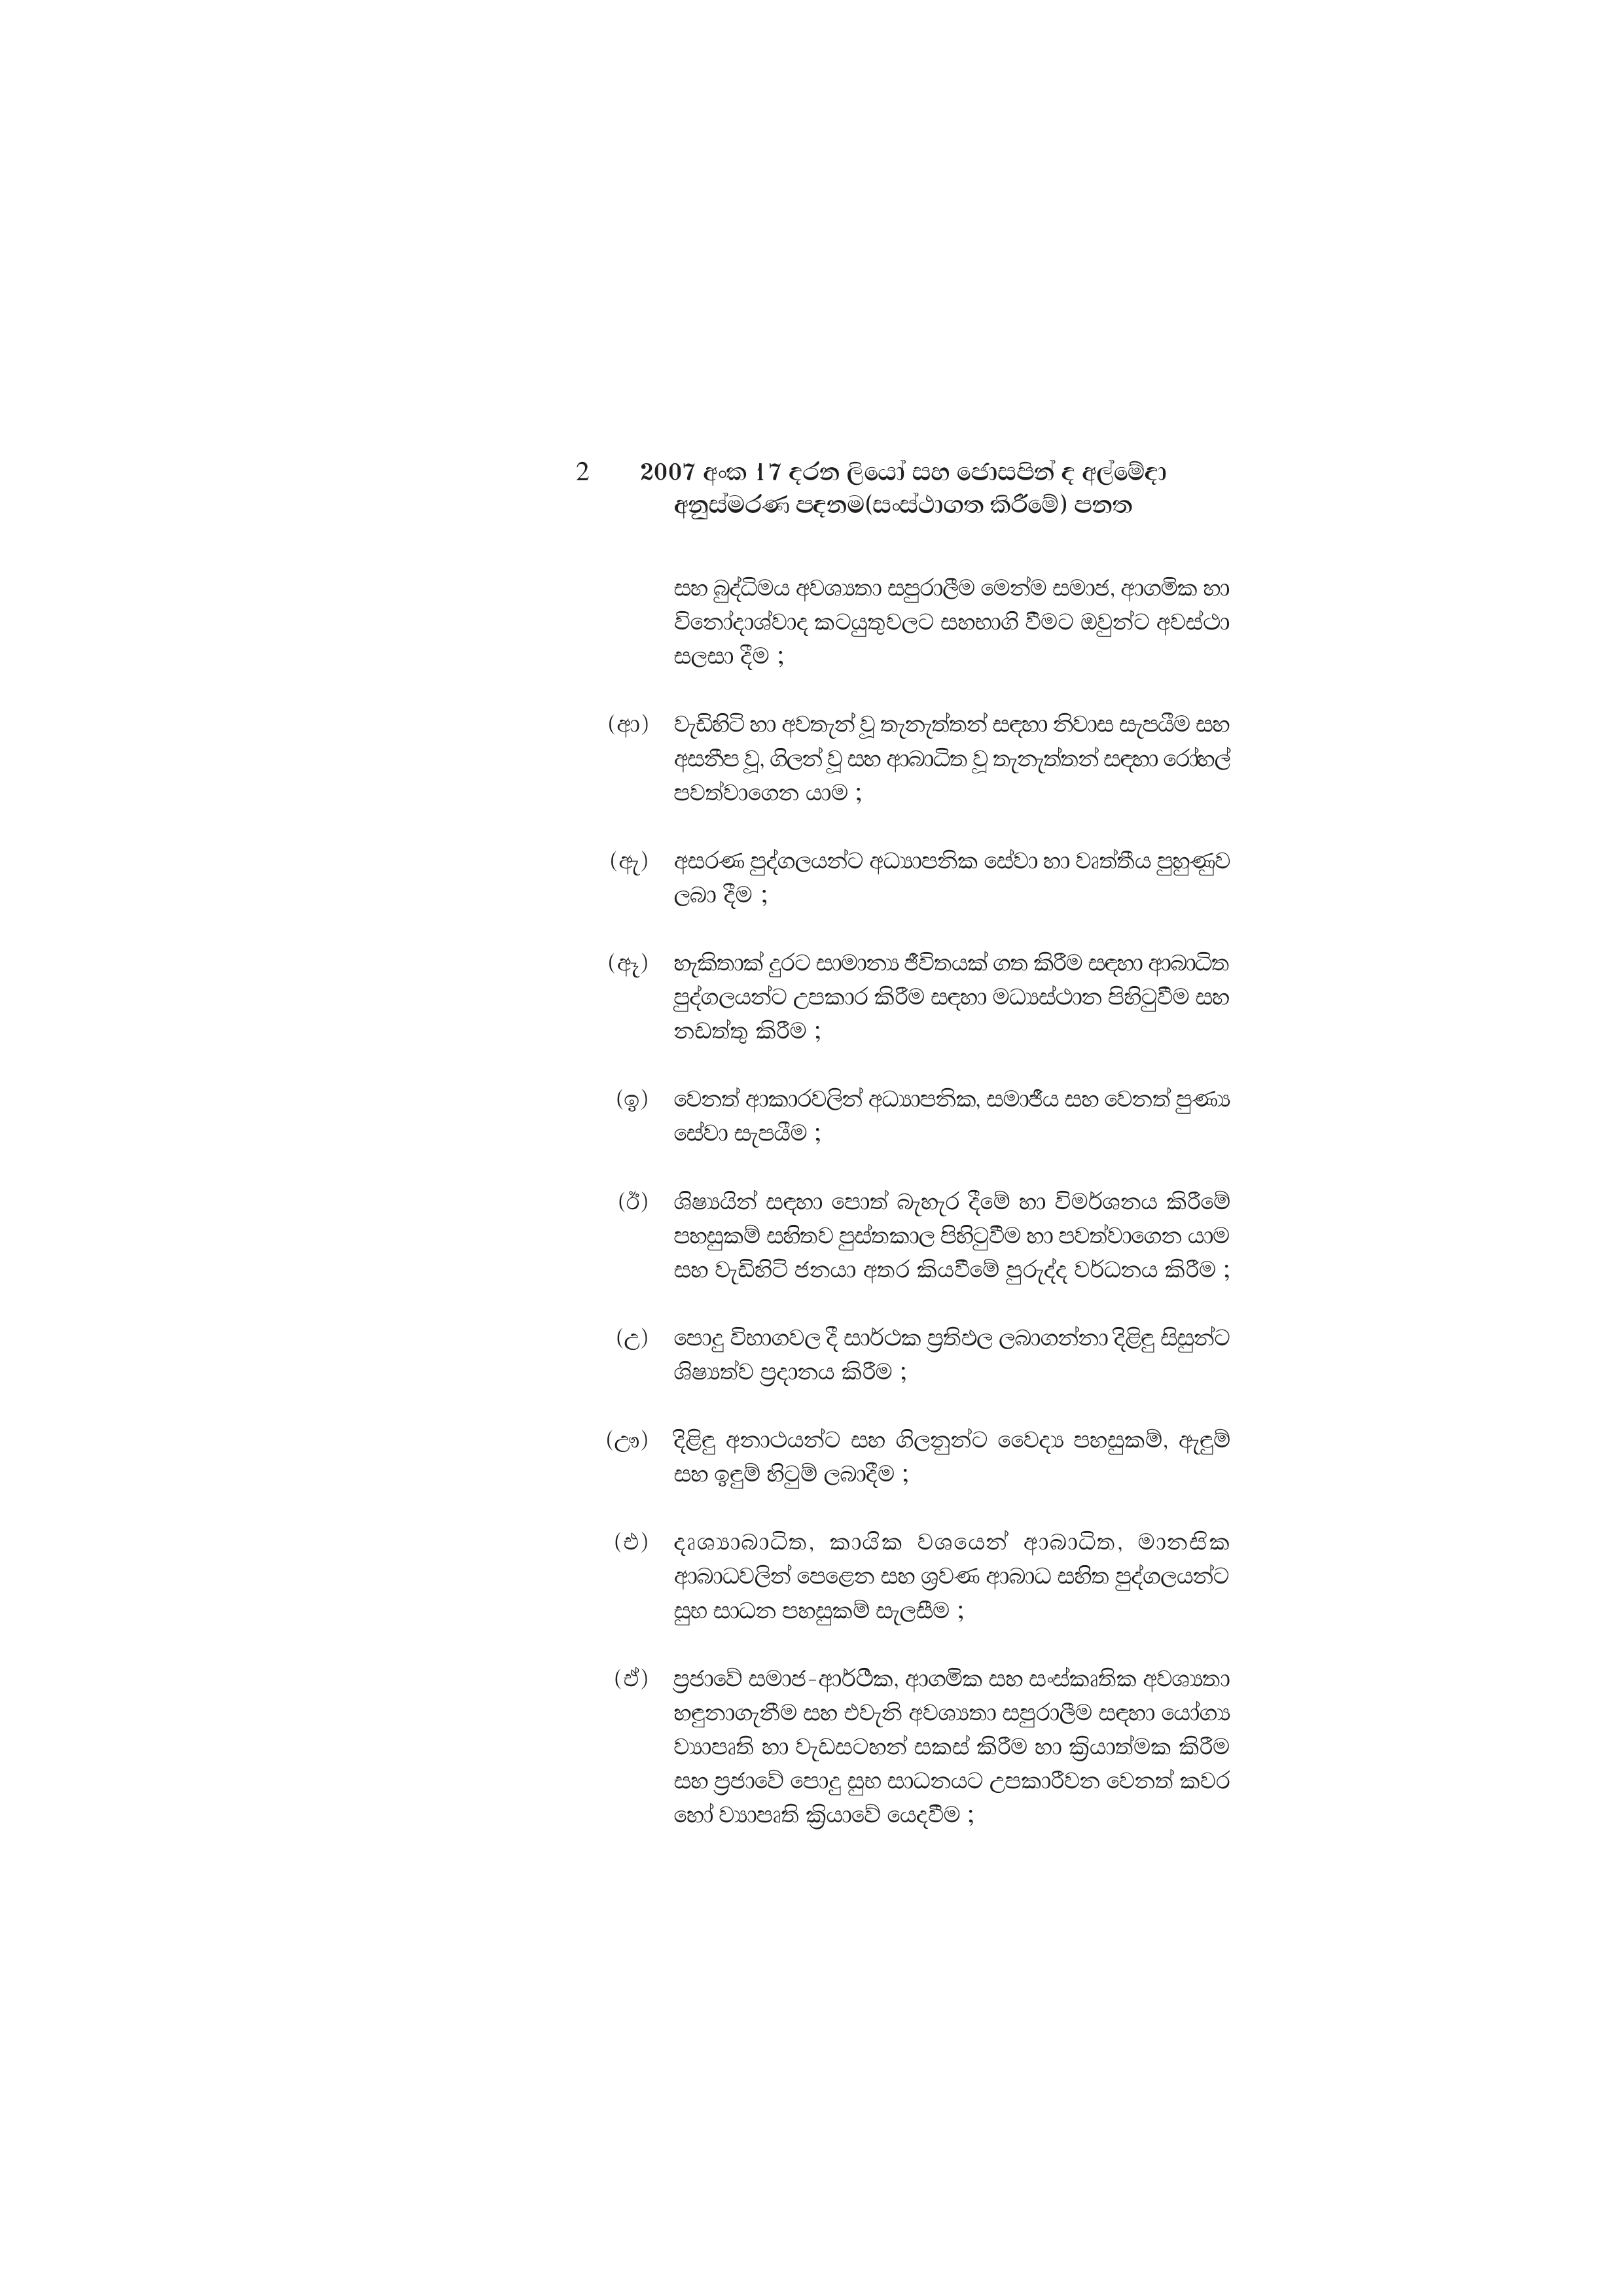
2 2007 අංක 17 දරන ලියෝ සහ ජොසපින් ද අල්මේදා
අනුස්මරණ පදනම(සංස්ථාගත කිරීමේ) පනත

සහ බුද්ධිමය අවශ්‍යතා සපුරාලීම මෙන්ම සමාජ, ආගමික හා
විනෝදාශ්වාද කටයුතුවලට සහභාගි වීමට ඔවුන්ට අවස්ථා
සලසා දීම ;

(ආ) වැඩිහිටි හා අවතැන් වූ තැනැත්තන් සඳහා නිවාස සැපයීම සහ
අසනීප වූ, ගිලන් වූ සහ ආබාධිත වූ තැනැත්තන් සඳහා රෝහල්
පවත්වාගෙන යාම ;

(ඇ) අසරණ පුද්ගලයන්ට අධ්‍යාපනික සේවා හා වෘත්තීය පුහුණුව
ලබා දීම ;

(ඈ) හැකිතාක් දුරට සාමාන්‍ය ජීවිතයක් ගත කිරීම සඳහා ආබාධිත
පුද්ගලයන්ට උපකාර කිරීම සඳහා මධ්‍යස්ථාන පිහිටුවීම සහ
නඩත්තු කිරීම ;

(ඉ) වෙනත් ආකාරවලින් අධ්‍යාපනික, සමාජීය සහ වෙනත් පුණ්‍ය
සේවා සැපයීම ;

(ඊ) ශිෂ්‍යයින් සඳහා පොත් බැහැර දීමේ හා විමර්ශනය කිරීමේ
පහසුකම් සහිතව පුස්තකාල පිහිටුවීම හා පවත්වාගෙන යාම
සහ වැඩිහිටි ජනයා අතර කියවීමේ පුරුද්ද වර්ධනය කිරීම ;

(උ) පොදු විභාගවල දී සාර්ථක ප්‍රතිඵල ලබාගන්නා දිළිඳු සිසුන්ට
ශිෂ්‍යත්ව ප්‍රදානය කිරීම;

(ඌ) දිළිඳු අනාථයන්ට සහ ගිලනුන්ට වෛද්‍ය පහසුකම්, ඇඳුම්
සහ ඉඳුම් හිටුම් ලබාදීම ;

(එ) දෘශ්‍යාබාධිත, කායික වශයෙන් ආබාධිත, මානසික
ආබාධවලින් පෙළෙන සහ ශ්‍රවණ ආබාධ සහිත පුද්ගලයන්ට
සුභ සාධන පහසුකම් සැලසීම ;

(ඒ) ප්‍රජාවේ සමාජ-ආර්ථික, ආගමික සහ සංස්කෘතික අවශ්‍යතා
හඳුනාගැනීම සහ එවැනි අවශ්‍යතා සපුරාලීම සඳහා යෝග්‍ය
ව්‍යාපෘති හා වැඩසටහන් සකස් කිරීම හා ක්‍රියාත්මක කිරීම
සහ ප්‍රජාවේ පොදු සුභ සාධනයට උපකාරීවන වෙනත් කවර
හෝ ව්‍යාපෘති ක්‍රියාවේ යෙදවීම ;